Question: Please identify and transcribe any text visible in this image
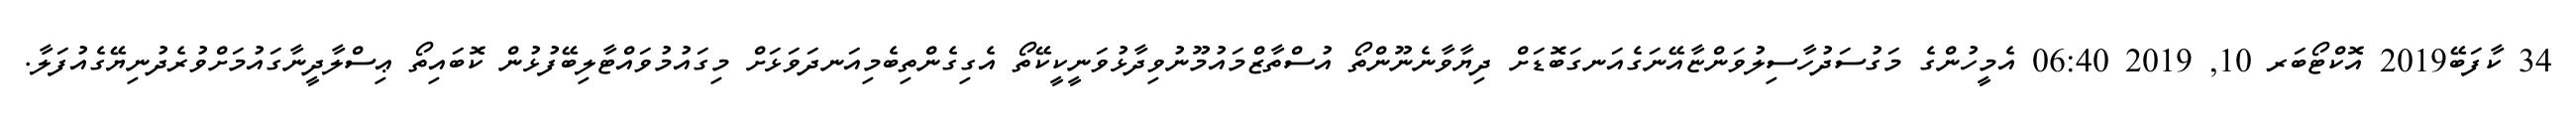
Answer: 34 ކާފަބޭ2019 އޮކްޓޯބަރ 10, 2019 06:40 އެމީހުންގެ މަގުސަދުހާސިލުވަންޏާއޭނަގެއަނގަބޮޑަށް ދިޔާވާނެނޫންތޯ އުސްތާޒްމައުމޫނުވިދާޅުވަނީކީކޭތޯ އެގިގެންތިބެމިއަނދަވަޅަށް މިގައުމުވައްޓާލިބޭފުޅުން ކޮބައިތޯ ޢިސްލާދީނާގައުމަށްވުރެދުނިޔޭގެއުފަލާ.